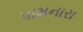
પામનારા